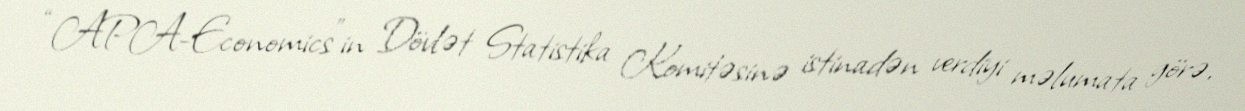
“APA-Economics”in Dövlət Statistika Komitəsinə istinadən verdiyi məlumata görə,